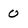
Character: 0